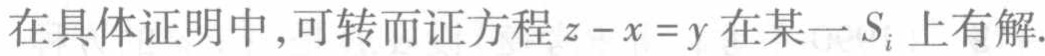
在具体证明中,可转而证方程\(z - x = y\)在某一\(S_{i}\)上有解.